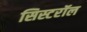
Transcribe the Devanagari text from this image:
सिस्टरॉल